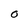
Character: O